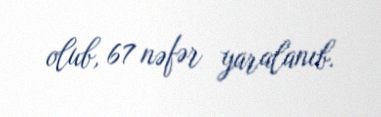
olub, 67 nəfər yaralanıb.